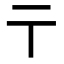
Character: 𬼽